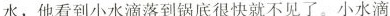
水，他看到小水滴落到锅底很快就不见了。小水滴